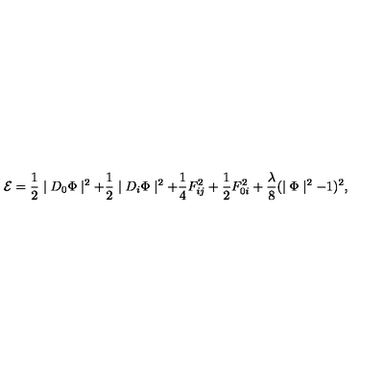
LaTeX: { \cal E } = \frac { 1 } { 2 } \mid D _ { 0 } \Phi \mid ^ { 2 } + \frac { 1 } { 2 } \mid D _ { i } \Phi \mid ^ { 2 } + \frac { 1 } { 4 } F _ { i j } ^ { 2 } + \frac { 1 } { 2 } F _ { 0 i } ^ { 2 } + \frac { \lambda } { 8 } ( \mid \Phi \mid ^ { 2 } - 1 ) ^ { 2 } ,